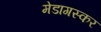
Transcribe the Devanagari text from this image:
मेडागस्कर